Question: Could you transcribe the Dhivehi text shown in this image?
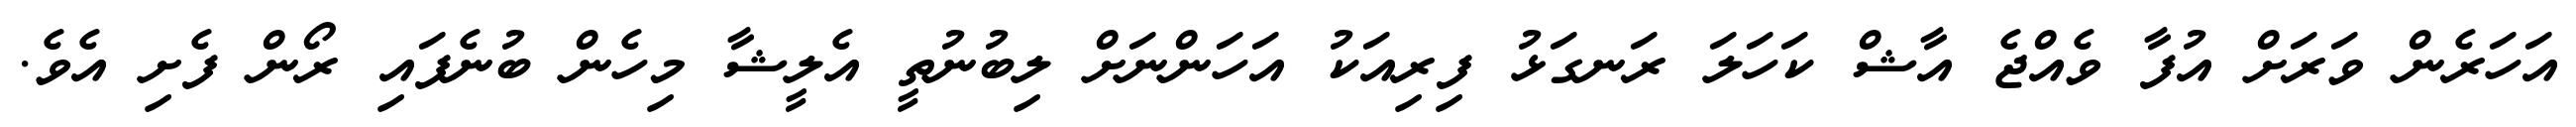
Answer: އަހަރެން ވަރަށް އުފާ ވެއްޖެ އާޝް ކަހަލަ ރަނގަޅު ފިރިއަކު އަހަންނަށް ލިބުނުތީ އެލީޝާ މިހެން ބުނެފައި ރޯން ފެށި އެވެ.